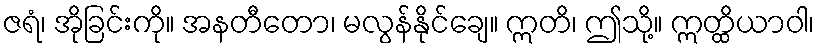
ဇရံ၊ အိုခြင်းကို။ အနတီတော၊ မလွန်နိုင်ချေ။ ဣတိ၊ ဤသို့။ ဣတ္ထိယာဝါ၊